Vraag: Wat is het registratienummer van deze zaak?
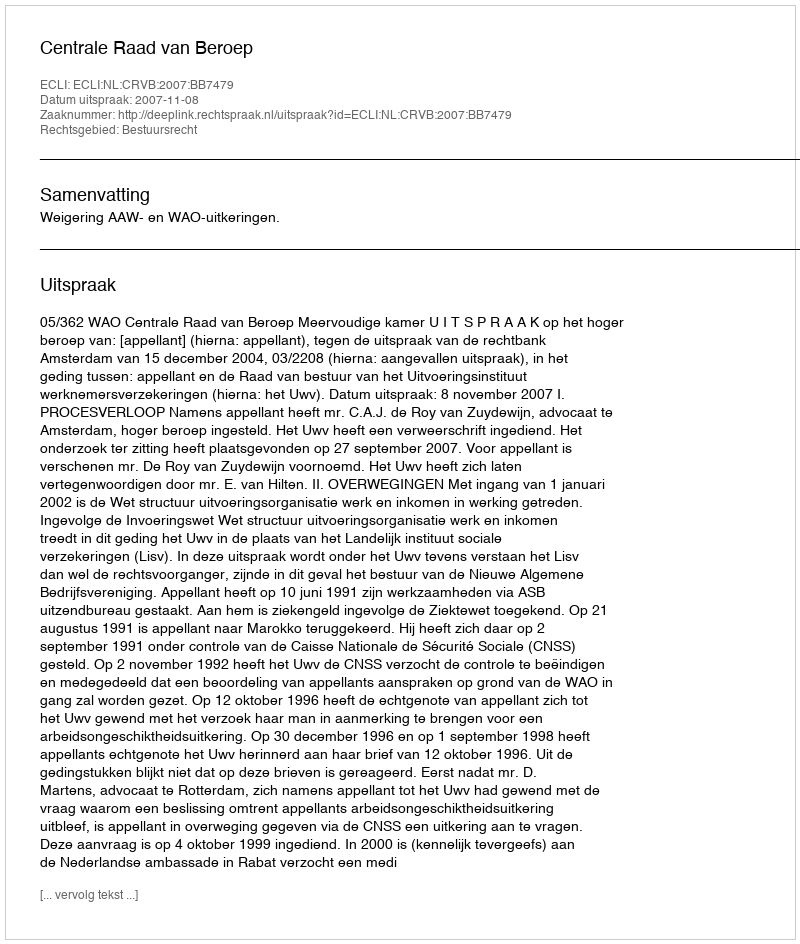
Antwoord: http://deeplink.rechtspraak.nl/uitspraak?id=ECLI:NL:CRVB:2007:BB7479